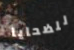
للضحايا